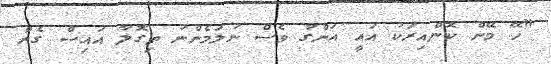
"ހޭ މޭން ކޮންއިރަކު އައީ އަންގާ ވެސް ނުލަމެންނު ތިގޮލާ އައިސް ގެން